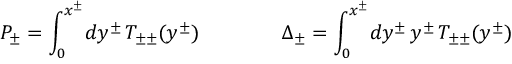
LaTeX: P _ { \pm } = \int _ { 0 } ^ { x ^ { \pm } } \! d y ^ { \pm } \, T _ { \pm \pm } ( y ^ { \pm } ) \qquad \qquad \Delta _ { \pm } = \int _ { 0 } ^ { x ^ { \pm } } \! d y ^ { \pm } \, y ^ { \pm } \, T _ { \pm \pm } ( y ^ { \pm } )